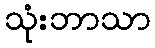
သုံးဘာသာ